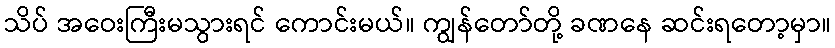
သိပ် အဝေးကြီးမသွားရင် ကောင်းမယ်။ ကျွန်တော်တို့ ခဏနေ ဆင်းရတော့မှာ။